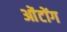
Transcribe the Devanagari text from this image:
ओंटोंग